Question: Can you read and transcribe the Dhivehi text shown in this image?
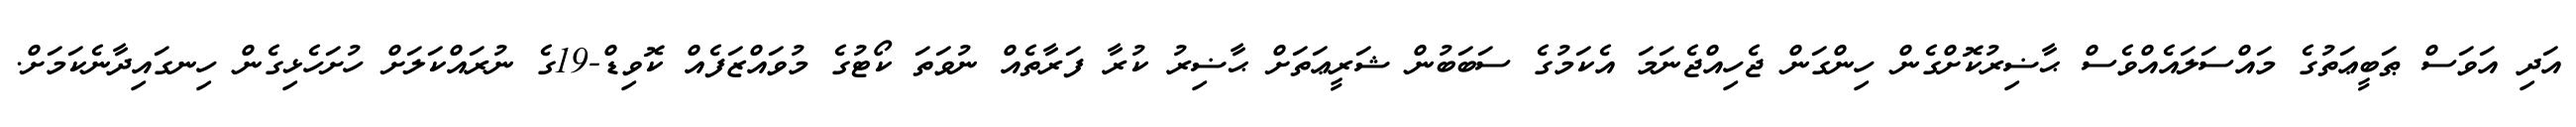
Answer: އަދި އަވަސް ޠަބީޢަތުގެ މައްސަލައެއްވެސް ޙާޟިރުކޮށްގެން ހިންގަން ޖެހިއްޖެނަމަ އެކަމުގެ ސަބަބުން ޝަރީޢަތަށް ޙާޟިރު ކުރާ ފަރާތެއް ނުވަތަ ކޯޓުގެ މުވައްޒަފެއް ކޮވިޑް-19ގެ ނުރައްކަލަށް ހުށަހެޅިގެން ހިނގައިދާނެކަމަށް.